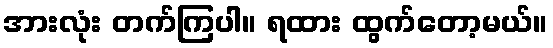
အားလုံး တက်ကြပါ။ ရထား ထွက်တော့မယ်။